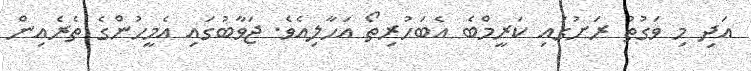
އަދި މި ވަގުތު ރަށުގައި ކަރީމްބެ އެބަހުރިތޯ އަހާލިއެވެ. ޖަވާބުގައި އެމީހުންގެ ތެރެއިން